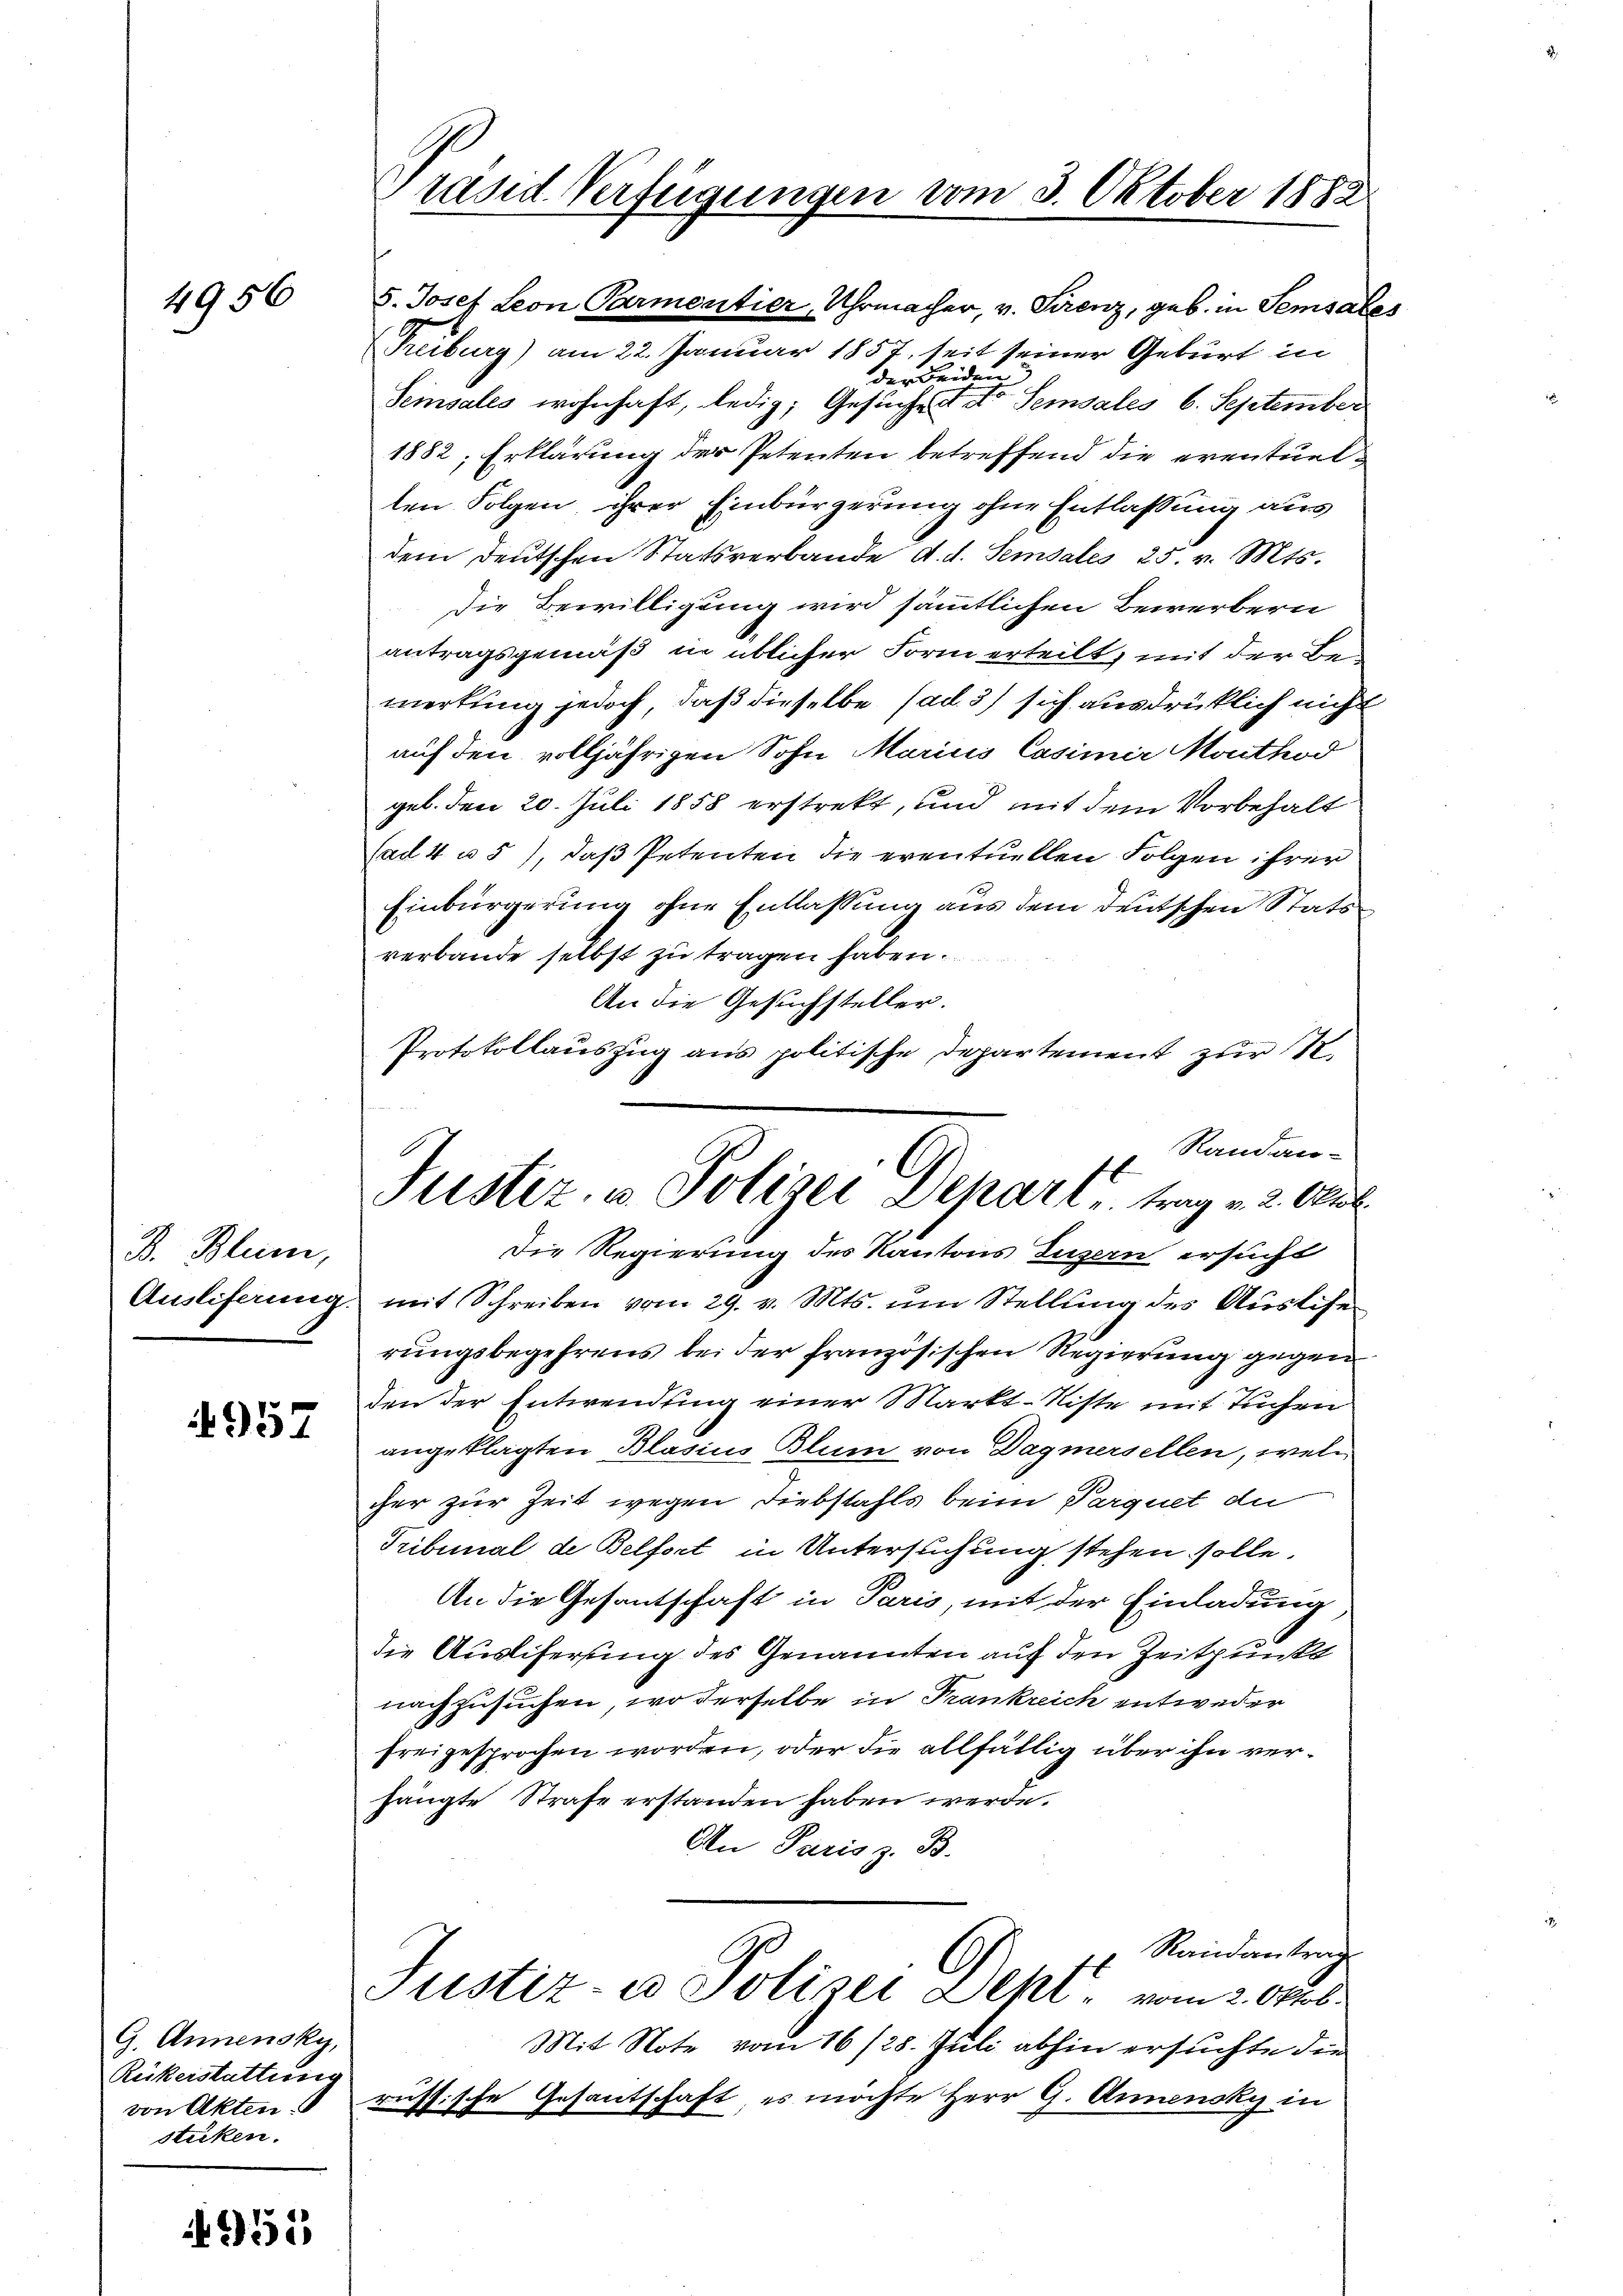
4956

B. Blum,

4957

G. Annensky,
Ruckerstattung
von Akten.
stüken.

955

räsid Verfügungen vom 3. Oktober 1882

Justiz, u. Polizei Depart trage 2. Au

S. Josef Leon Parmeritier, Uhrmacher, v. Serenz, geb. in Semsaler
Treiburg) am 22. Januar 1857, seit seiner Geburt in
der Beiden
Seinsales wohnhaft, ledig; Gesuche der Semsales 6. September
1882; Erklärung der Petenten betreffend die eventuelten Folgen ihrer Einbürgerung ohne Entlassung aus
dem deutschen Statsverbande d. d. Semsales 25. v. Mts.
Die Bewilligung wird sämmtlichen Bewerbern
antragsgemäß in üblicher Form erteilt, mit der Bemerkung jedoch, daß dieselbe (ad 3) sich ausdrüklich nicht
auf den volljährigen Sohn Marius Casimir Monthod
geb. den 20. Juli 1858 erstrekt, und mit dem Vorbehalt
Cad 4 u 5), daß Petenten die eventuellen Folgen ihrer
Einbürgerung ohne Entlassung aus dem deutschen Stats
verbande selbst zu tragen haben.
An die Gesuchsteller.
Protokollauszug aus politische Departement zur 12.
Randan-
Die Regierung des Kantons Luzern ersucht
Aŭsliferŭng mit Schreiben vom 29. v. Mts. ŭm Stellung des Auslöse
rungsbegehrens bei der französischen Regierung gegen
den der Entwendung einer Markt-Niste mit Tuchen
angeklagten Blasius Blum von Dagmersellen, welcher zur Zeit wegen Diebstahls beim Parquet de
Tribunal de Belfort in Untersuchung stehen solle.
An die Gesantschaft in Paris, mit der Einladung
die Ausliferung des Genannten auf den Zeitpunkt
nachzusuchen, wo derselbe in Frankreich entweder
freigesprochen worden, oder die allfällig über ihn verhängte Strafe erstanden haben werde.
An Paris z. B.
Randantrag
Justiz- u Polizei Dept, vom 2. Oktob.
Mit Note vom 16/25. Juli abhin ersuchte die
russische Gesantschaft, es möchte Herr G. Annensky in